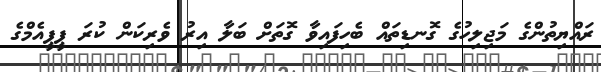
ރައްޔިތުންގެ މަޖިލިހުގެ ގޮނޑިތައް ބެހިފައިވާ ގޮތަށް ބަލާ އިރު ވެރިކަން ކުރަ ޕީޕީއެމްގެ